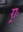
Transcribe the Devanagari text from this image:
र्‍ाः